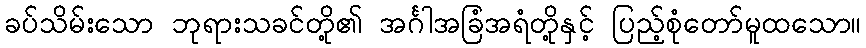
ခပ်သိမ်းသော ဘုရားသခင်တို့၏ အင်္ဂါအခြံအရံတို့နှင့် ပြည့်စုံတော်မူထသော။